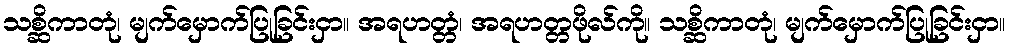
သစ္ဆိကာတုံ၊ မျက်မှောက်ပြုခြင်းငှာ။ အရဟတ္တံ၊ အရဟတ္တဖိုလ်ကို။ သစ္ဆိကာတုံ၊ မျက်မှောက်ပြုခြင်းငှာ။